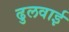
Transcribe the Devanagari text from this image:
ढुलवाई